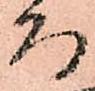
而